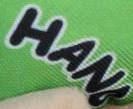
HANB